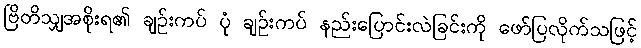
ဗြိတိသျှအစိုးရ၏ ချဉ်းကပ် ပုံ ချဉ်းကပ် နည်းပြောင်းလဲခြင်းကို ဖော်ပြလိုက်သဖြင့်